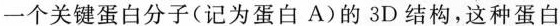
一个关键蛋白分子(记为蛋白A)的3D结构，这种蛋白